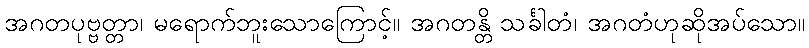
အဂတပုဗ္ဗတ္တာ၊ မရောက်ဘူးသောကြောင့်။ အဂတန္တိ သင်္ခါတံ၊ အဂတံဟုဆိုအပ်သော။